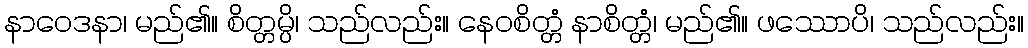
နာဝေဒနာ၊ မည်၏။ စိတ္တမ္ပိ၊ သည်လည်း။ နေဝစိတ္တံ နာစိတ္တံ၊ မည်၏။ ဖဿောပိ၊ သည်လည်း။